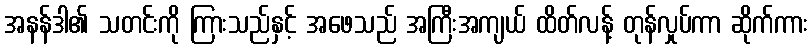
အနန်ဒါ၏ သတင်းကို ကြားသည်နှင့် အဖေသည် အကြီးအကျယ် ထိတ်လန့် တုန်လှုပ်ကာ ဆိုက်ကား